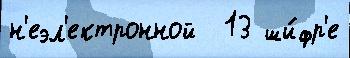
н'еэл'ектронной  13 ши́фр'е